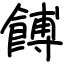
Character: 餺